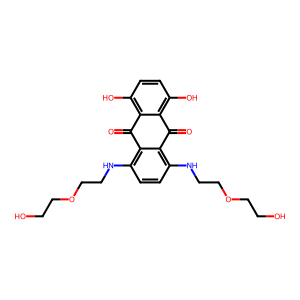
SMILES: O=C1c2c(O)ccc(O)c2C(=O)c2c(NCCOCCO)ccc(NCCOCCO)c21
Inhibits HIV replication: No